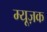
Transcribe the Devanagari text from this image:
म्यूज़क